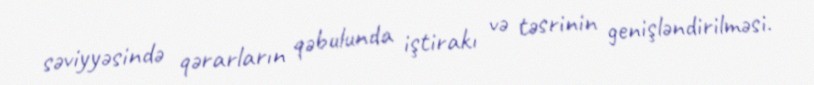
səviyyəsində qərarların qəbulunda iştirakı və təsrinin genişləndirilməsi.